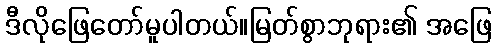
ဒီလိုဖြေတော်မူပါတယ်။မြတ်စွာဘုရား၏ အဖြေ